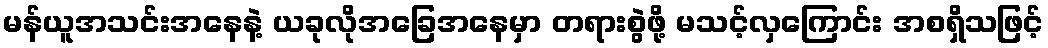
မန်ယူအသင်းအနေနဲ့ ယခုလိုအခြေအနေမှာ တရားစွဲဖို့ မသင့်လှကြောင်း အစရှိသဖြင့်